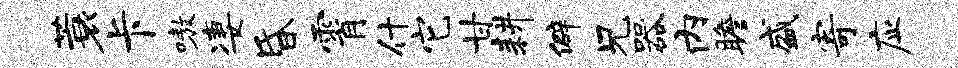
蓑卡嗷凄昏霄什它甘耕僻兄器内瞻盛寄应